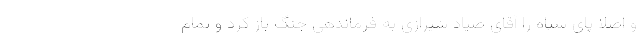
و اصلا پای سپاه را آقای صیاد شیرازی به فرماندهی جنگ باز کرد و تمام